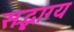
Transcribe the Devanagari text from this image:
सद्भाग्य